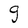
Character: g